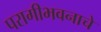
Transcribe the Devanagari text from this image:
परागीभवनाचे